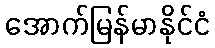
အောက်မြန်မာနိုင်ငံ